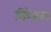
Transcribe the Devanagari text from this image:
किंडार